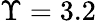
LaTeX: \Upsilon=3.2